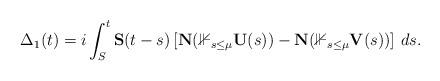
LaTeX: \begin{align*} \Delta_1(t) = i \int_S^{t} \mathbf S(t-s) \left[ \mathbf N(\mathbb 1_{s \le \mu} \mathbf U(s)) - \mathbf N(\mathbb 1_{s \le \mu} \mathbf V(s)) \right] \, ds.\end{align*}